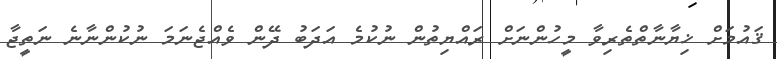
ޤައުމަށް ޚިޔާނާތްތެރިވާ މީހުންނަށް ރައްޔިތުން ނުކުމެ އަދަބު ދޭން ވެއްޖެނަމަ ނުކުންނާނެ ނަތީޖާ